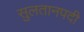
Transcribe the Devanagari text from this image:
सुलतानपदी